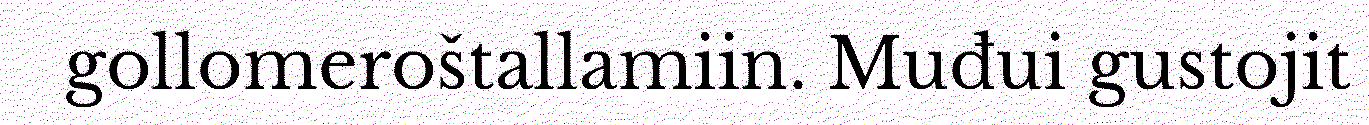
gollomeroštallamiin. Muđui gustojit